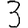
Digit: 3